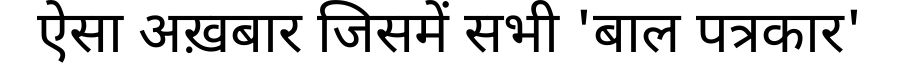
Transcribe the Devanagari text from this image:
ऐसा अख़बार जिसमें सभी 'बाल पत्रकार'